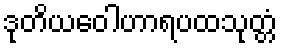
ဒုတိယဝေါဟာရပထသုတ္တံ